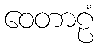
ဝေတာဠံ